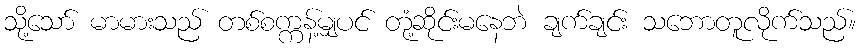
သို့သော် မာမားသည် တစ်စက္ကန့်မျှပင် တုံ့ဆိုင်းမနေဘဲ ချက်ချင်း သဘောတူလိုက်သည်။